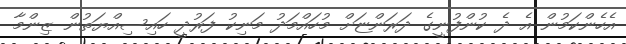
އެހެންކަމުން އެ ދެ ކުންފުނީގެ ދަރަންޏަށް މުހައްމަދު މަނިކު ފަރުދީ ހައިސިއްޔަތުން ޒިންމާ